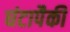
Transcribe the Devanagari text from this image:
घंटापैकी